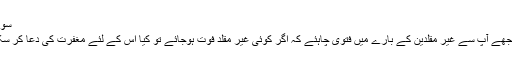
سوال # 160814
مولانا صاحب مجھے آپ سے غیر مقلدین کے بارے میں فتوی چاہئے کہ اگر کوئی غیر مقلد فوت ہوجائے تو کیا اس کے لئے مغفرت کی دعا کر سکتے ہیں یا نہیں؟